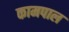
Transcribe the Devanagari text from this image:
कामपाल